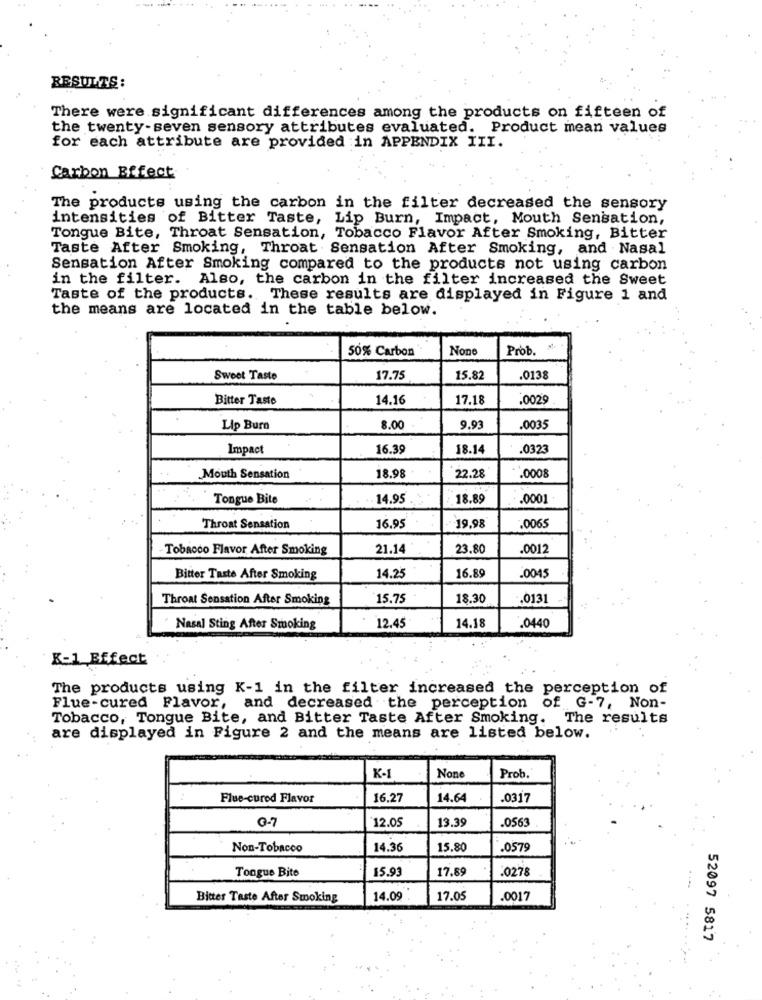
--..
...
RESULTS :
There were significant differences among the products on fifteen of
the twenty-seven sensory attributes evaluated. Product mean values
for each attribute are provided in APPENDIX III.
Carbon Effect
The products using the carbon in the filter decreased the sensory
intensities of Bitter Taste, Lip Burn, Impact, Mouth Sensation,
Tongue Bite, Throat Sensation, Tobacco Flavor After Smoking, Bitter
Taste After Smoking, Throat Sensation After Smoking, and Nasal
Sensation After Smoking compared to the products not using carbon
in the filter. Also, the carbon in the filter increased the Sweet
Taste of the products. These results are displayed in Figure 1 and
the means are located in the table below.
50% Carbon
Prob.
Sweet Taste
17.75
15.82
.0138
Bitter Taste
14.16
17.18
.0029
Lip Burn
8.00
9.9
.0035
Impact
16.39
18.14
.0323
Mouth Sensation
18.98
22.28
.0008
Tongue Bite
14.95
18.89
.0001
Throat Sensation
16.95
19,98
.0065
Tobaoco Flavor After Smoking
21.14
23.80
.0012
Bitter Taste After Smoking
14.25
16.89
.0045
Throat Sensation After Smoking
15.75
18.30
.0131
Nasal Sting After Smoking
12.45
14.18
.0440
K-1 Effect
The products using K-1 in the filter increased the perception of
Flue-cured Flavor, and decreased the perception of G-7, Non-
Tobacco, Tongue Bite, and Bitter Taste After Smoking. The results
are displayed in Figure 2 and the means are listed below.
K-1
Prob.
Flue-cured Flavor
16.27
14.64
.0317
0-7
12.05
13.39
.0563
Non-Tobacco
14.36
15.80
.0579
Tongue Bite
15.93
17,89
.0278
Bitter Taste After Smoking
14.09
17.05
.0017
52097 5817